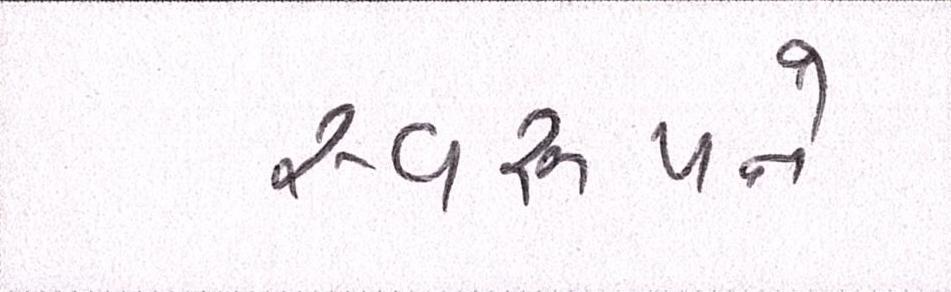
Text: સ્વરૂપને